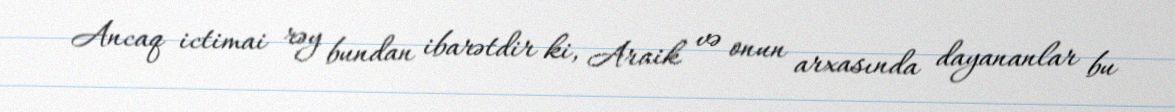
Ancaq ictimai rəy bundan ibarətdir ki, Araik və onun arxasında dayananlar bu